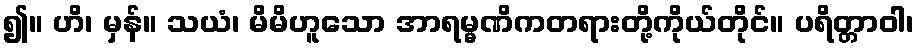
၍။ ဟိ၊ မှန်။ သယံ၊ မိမိဟူသော အာရမ္မဏိကတရားတို့ကိုယ်တိုင်။ ပရိတ္တာဝါ၊